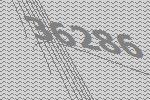
36286